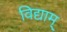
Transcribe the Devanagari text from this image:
विद्याम्